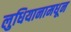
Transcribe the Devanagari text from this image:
लुधियानामधून